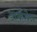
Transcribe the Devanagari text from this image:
डार्कमेन